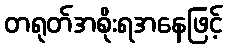
တရုတ်အစိုးရအနေဖြင့်